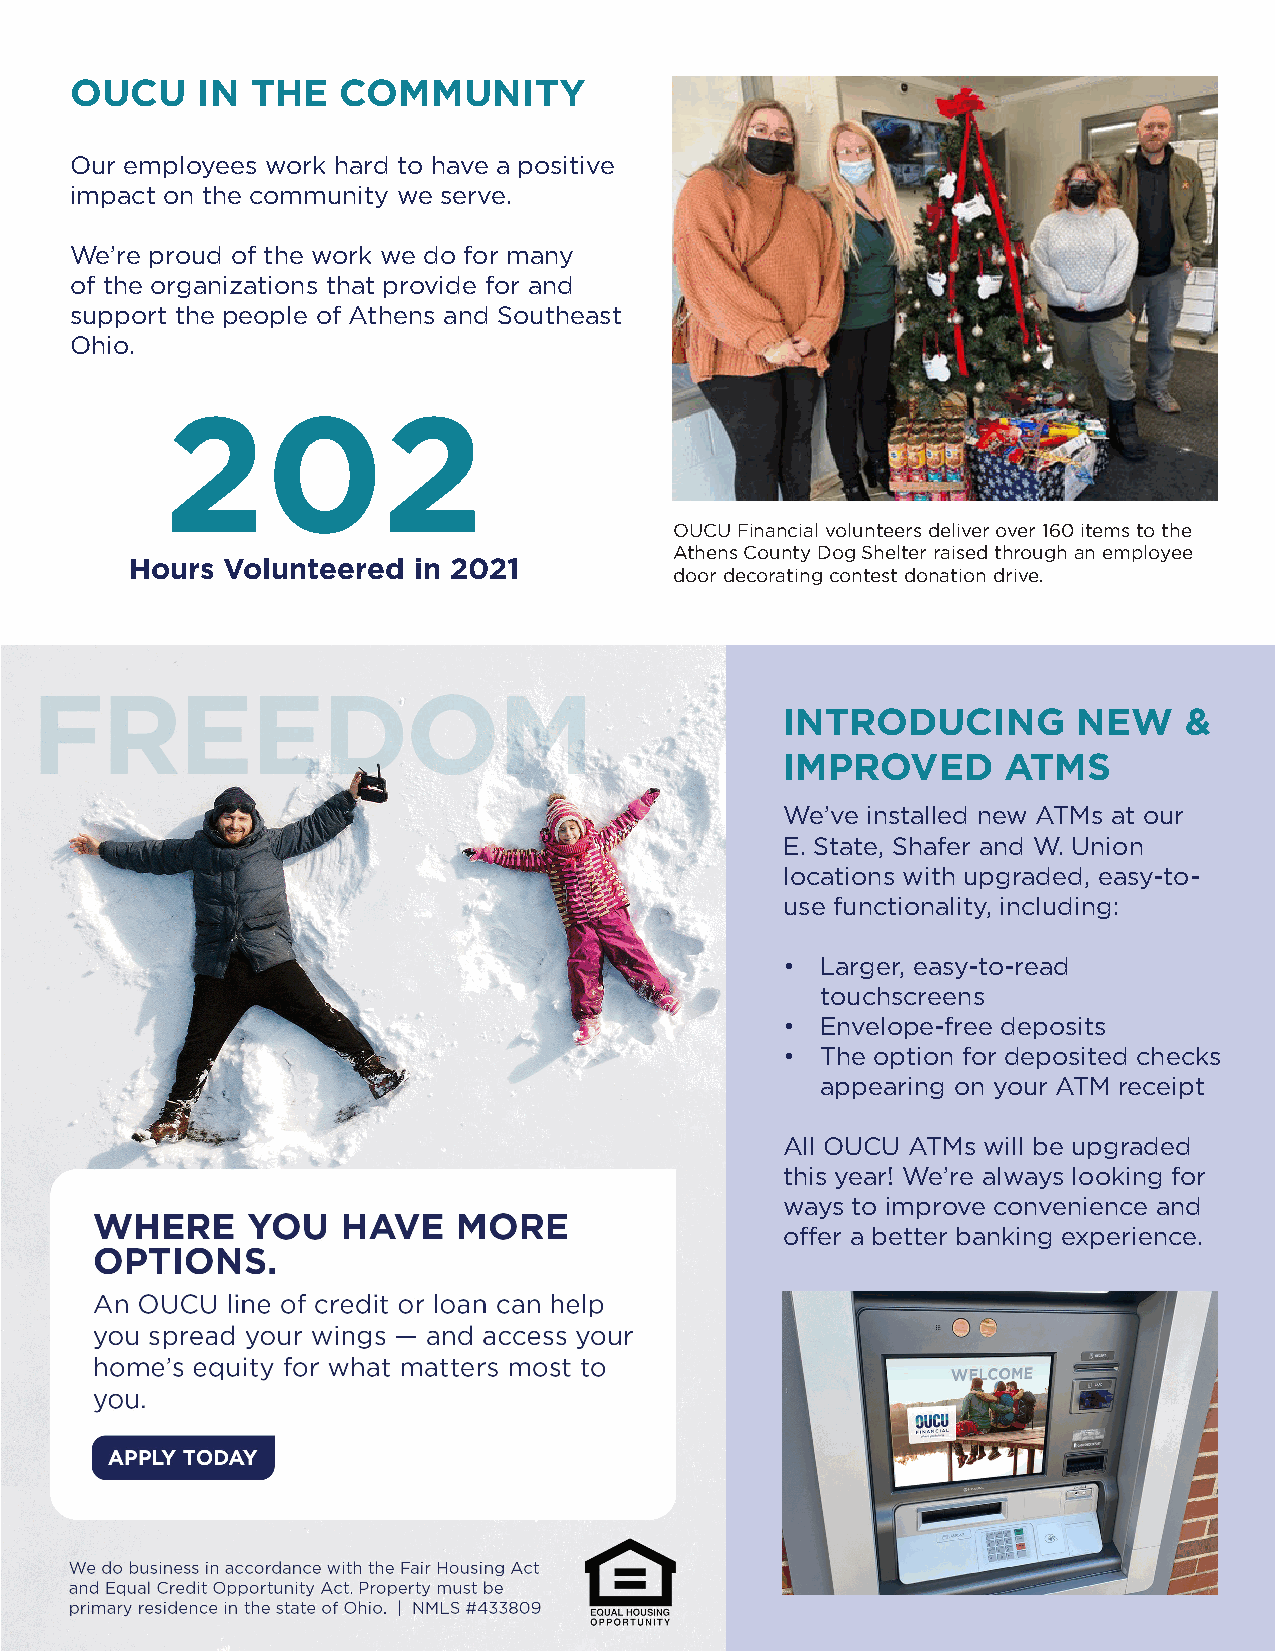
OUCU    IN  THE   COMMUNITY
 Our employees work hard to have a positive
 impact on the community we serve.
 We’re proud of the work we do for many
 of the organizations that provide for and
 support the people of Athens and Southeast
 Ohio.
 202
 OUCU Financial volunteers deliver over 160 items to the
 Athens County Dog Shelter raised through an employee
 Hours Volunteered in 2021
 door decorating contest donation drive.
 INTRODUCING        NEW    &
 IMPROVED      ATMS
 We’ve installed new ATMs at our
 E. State, Shafer and W. Union
 locations with upgraded, easy-to-
 use functionality, including:
 • Larger, easy-to-read
 touchscreens
 • Envelope-free deposits
 • The option for deposited checks
 appearing on your ATM receipt
 All OUCU ATMs will be upgraded
 this year! We’re always looking for
 ways to improve convenience and
 offer a better banking experience.